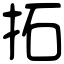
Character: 拓